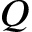
Q